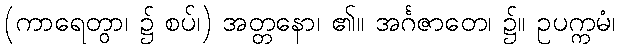
(ကာရေတွာ၊ ၌ စပ်၊) အတ္တနော၊ ၏။ အင်္ဂဇာတေ၊ ၌။ ဥပက္ကမံ၊